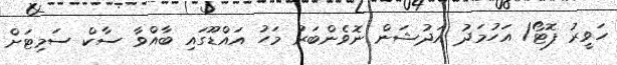
ހަވީރު ފޮޓޯ/ އަހުމަދު އަދުޝަން ނޮވެންބަރު މަހު އައްޑޫގައި ބާއްވާ ސާކް ސަމިޓަށް